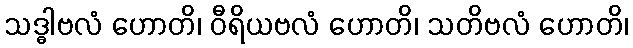
သဒ္ဓါဗလံ ဟောတိ၊ ဝီရိယဗလံ ဟောတိ၊ သတိဗလံ ဟောတိ၊